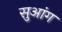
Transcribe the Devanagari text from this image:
सुआंग